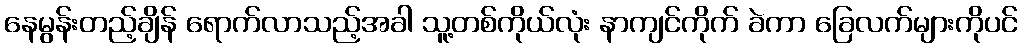
နေမွန်းတည့်ချိန် ရောက်လာသည့်အခါ သူ့တစ်ကိုယ်လုံး နာကျင်ကိုက် ခဲကာ ခြေလက်များကိုပင်